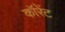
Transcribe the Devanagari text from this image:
कॉरेंट